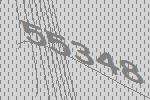
55348